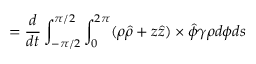
= \frac { d } { d t } \int _ { - \pi / 2 } ^ { \pi / 2 } \int _ { 0 } ^ { 2 \pi } ( \rho \hat { \rho } + z \hat { z } ) \times \hat { \phi } \gamma \rho d \phi d s